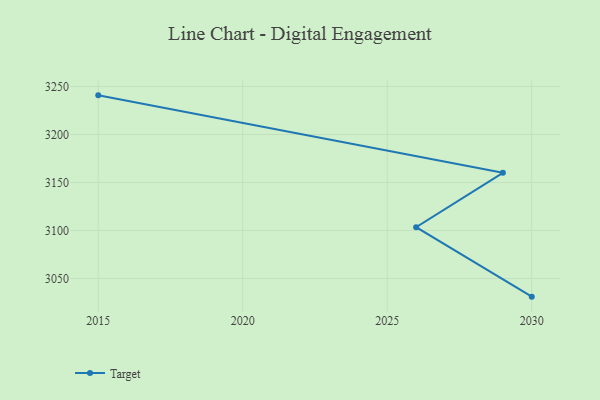
{"axis": {"x": "Year", "y": "Net Income (USD K)"}, "legend": ["Target"], "data": [{"x": "2015", "y": 3240.8, "type": "Target"}, {"x": "2029", "y": 3160.1, "type": "Target"}, {"x": "2026", "y": 3103.5, "type": "Target"}, {"x": "2030", "y": 3031.1, "type": "Target"}]}